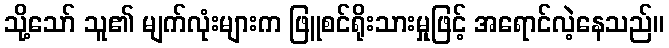
သို့သော် သူ၏ မျက်လုံးများက ဖြူစင်ရိုးသားမှုဖြင့် အရောင်လဲ့နေသည်။